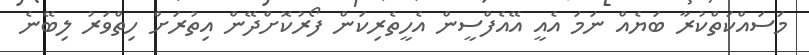
މަސައްކަތްކުރާ ބަޔެއް ނަމަ އެއީ އޭއެފްސީން އެހީތެރިކަން ފޯރުކޮށްދޭން އިތުރަށް ހިތްވަރު ލިބޭނެ